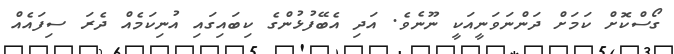
ގޯސްކޮށް ކަމަށް ދަންނަވަނީއަކީ ނޫނެވެ. އަދި އެބޭފުޅުންގެ ކިބައިގައި އުނިކަމެއް ދެރަ ސިފައެއް